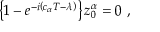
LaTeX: \left\{ 1 - e ^ { - i \left( c _ { \alpha } T - \lambda \right) } \right\} z _ { 0 } ^ { \alpha } = 0 \ ,